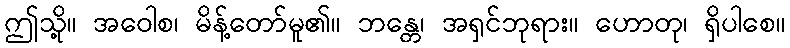
ဤသို့။ အဝေါစ၊ မိန့်တော်မူ၏။ ဘန္တေ၊ အရှင်ဘုရား။ ဟောတု၊ ရှိပါစေ။